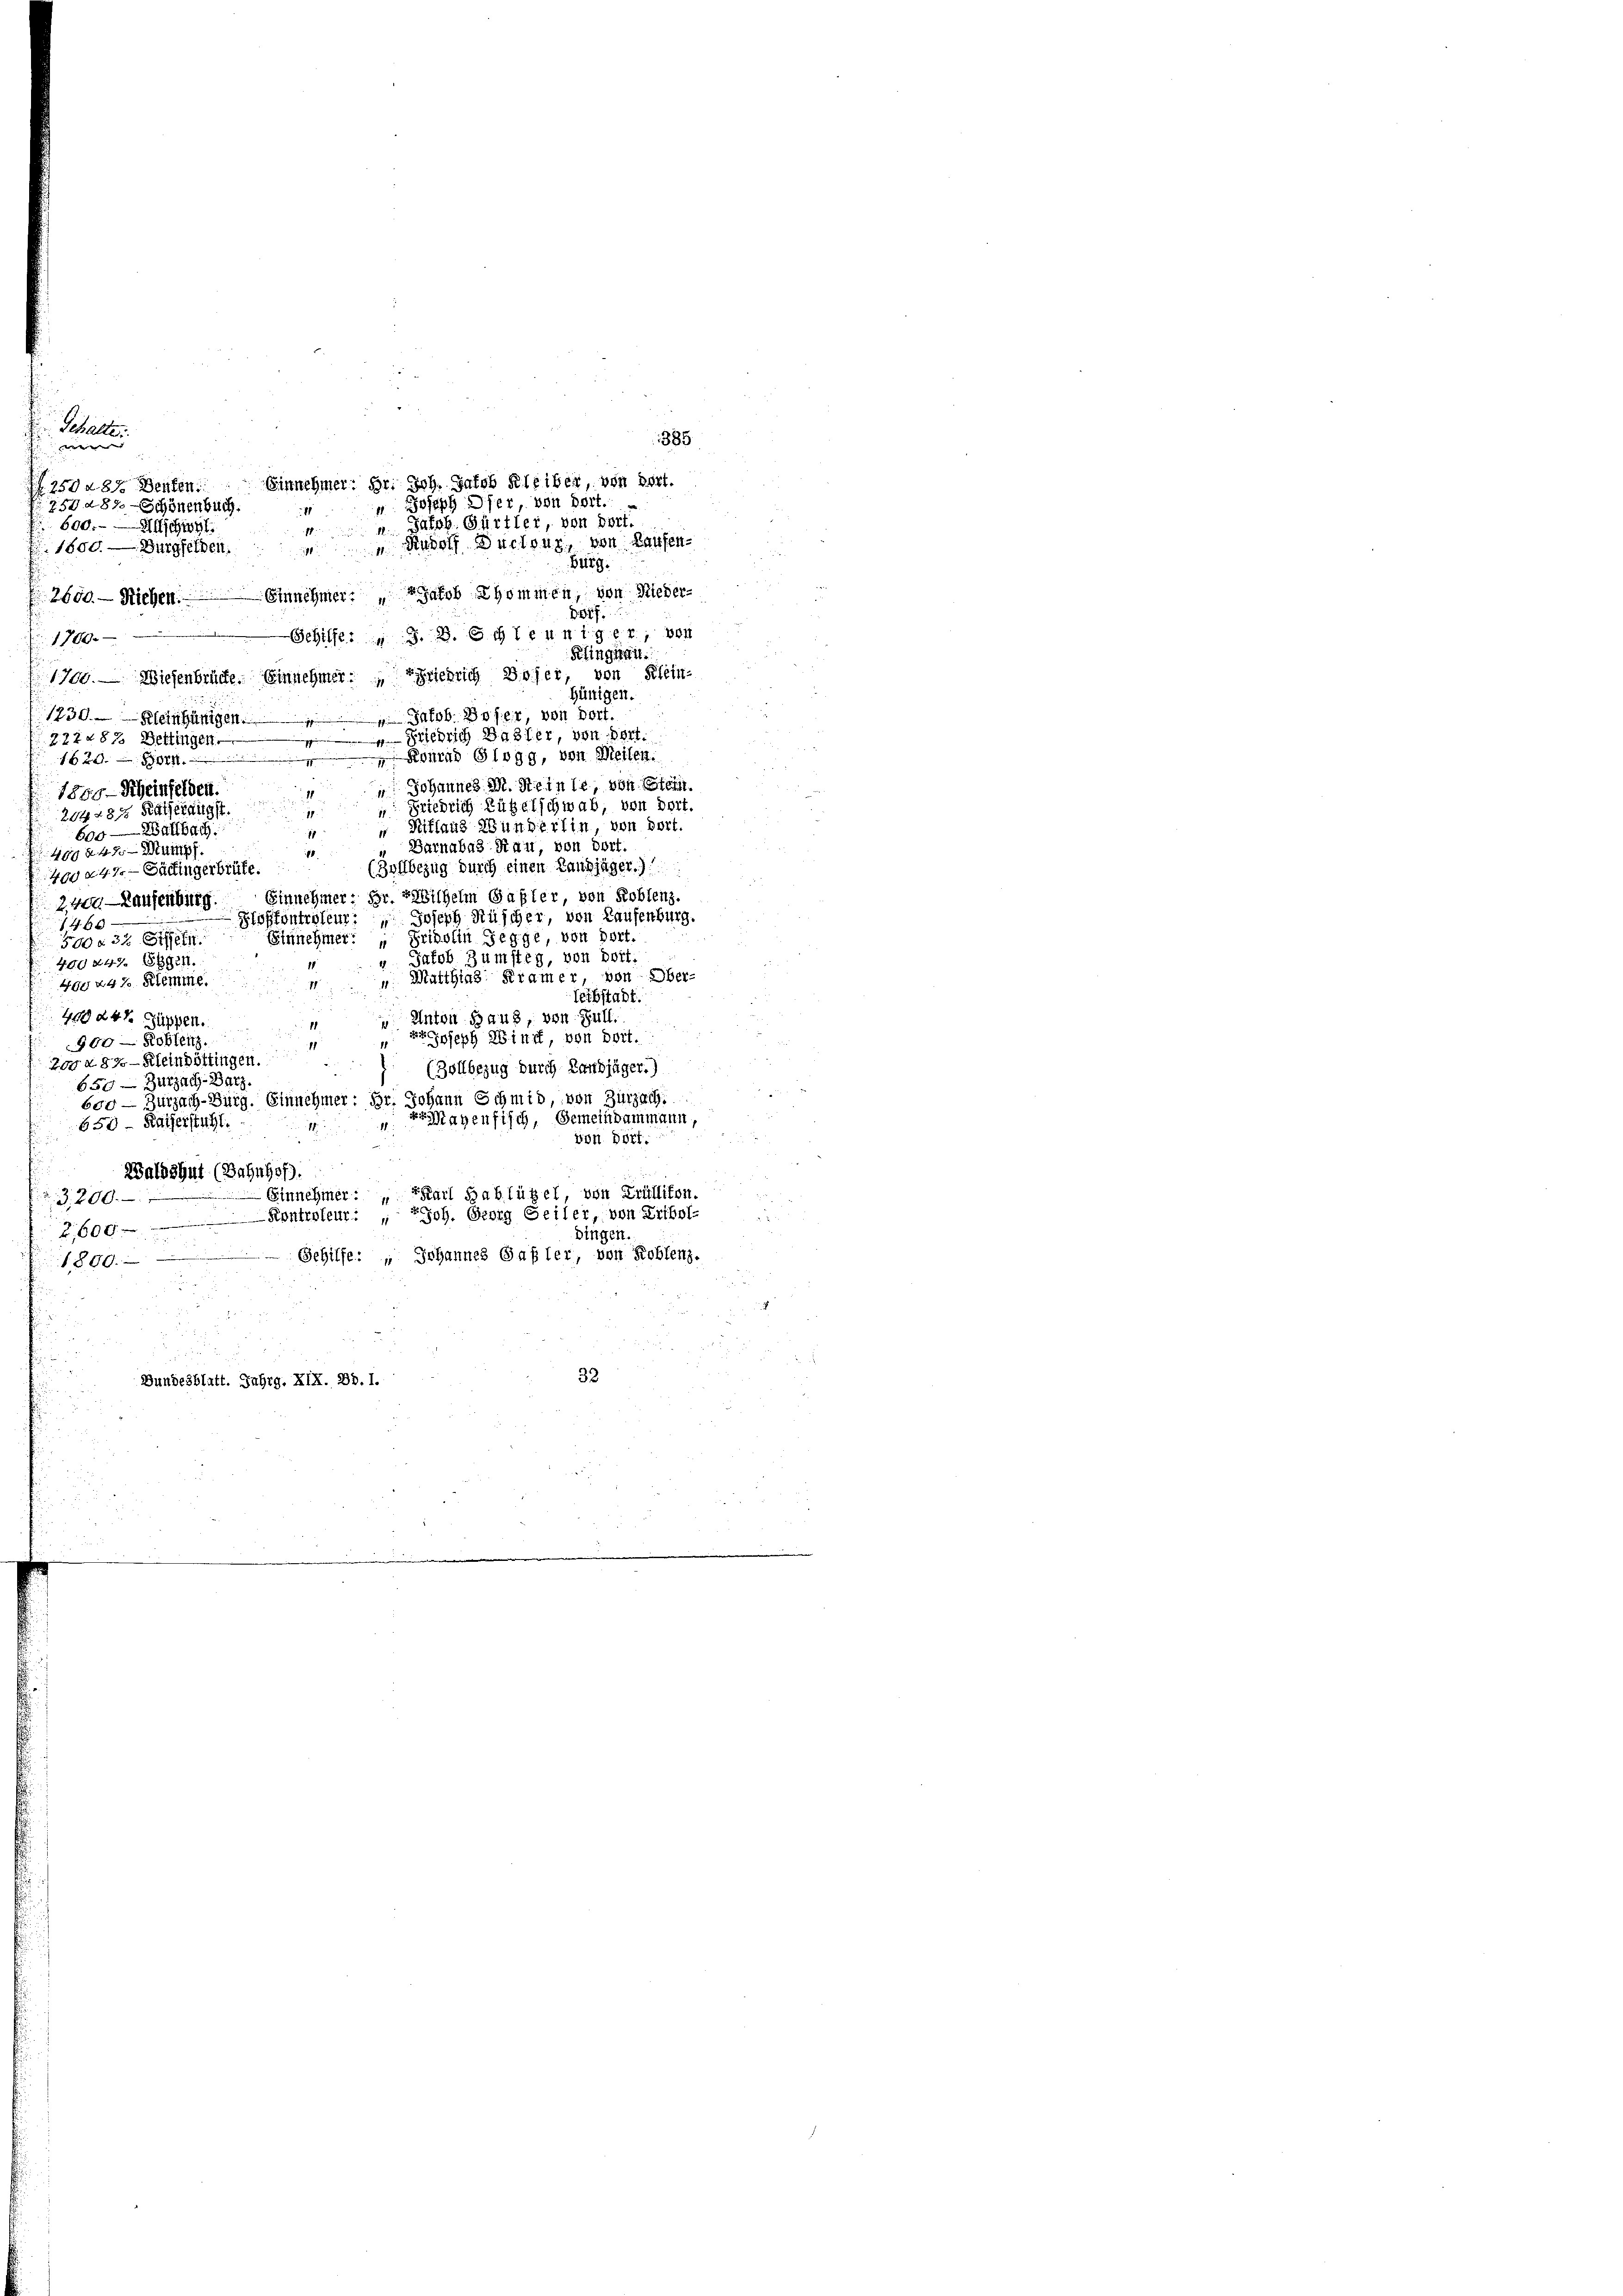
Schalte
385
e
250. d. 87. Schönenbuch.
600. - Allschwel
1800. — Burgfelden.
Big.
2600. Richen. Einnehmer Jakob Thommen, von Nieder¬
D Pf.
Gehilfe: " J. J. Schleuniger, von
1700.
Klingnau.
170. Wiesenbrüche. Einnehmer: Friedrich Boser, von Klein-
hünigen.
Jakob Sofer von dort.
1230. Kleinhänigen
igsten
 er, von Bot
227 287 Bettingen.
jura Glogg, von Meilen.
1622. 808

 Johannes M. Steinse, von Stein
1889 - Scheinfelden.
Friedrich Rügelschwab, von dort.
2041815 Kagerungs
11
11
 Nitlaus Wunderlin, von dort.
600 albach
11
Barnabas Rau, von dort.
400242 - Mumpf.
18.
(Zollbezug durch einen Lausjäger.)
400 247. — Sättingerbrüte.
Einnehmer; Hr. Wilhelm Gasler, von Roblenz.
2,400 Kaufenburg.
Ploffontroleur: Joseph Rüscher, von Laufenburg.
1460
Einnehmer: „Priolin Segge, von dort.
500 f 33
“ Jakob Zumsteg, von dort.
400 249. Eggen.
 Matthias Kramer, von Ober-
400 447. Stemme.
Leibstadt.
4024½ Puppen.
Anton Haus, von Gull.
 Joseph Winnt, von dort.
900 — Roblenz.
Zara 830 — Kleinböttingen.
 (Zollbezug durch Landjäger.)
650 — Zurzach Barz.
600 — Zurzach-Bürg. Einnehmer: Hr. Johann Schmid, von Zurzach
Magenfisch, Gemeindammann,
650 - Kaiserstuhl.
1
von Dörf.
.
Waldshut (Bahnhof.
Einnehmer : „ PKarl Hablützel, von Trüllikon.
3,200.
Kontroleur: " Joh. Georg Geiler, von Fribol-
2,600
bingen.
Gehilfe: " Johannes Gasler, von Roblenz.
1800.
32
Bundesblatt. Jahrg. XIX. Bd. 1.

2502 87. Denken. Einnehmer; Hr. Joh. Jacob Kleiber, von dort.
 Joseph Dfer, von Dort.
1
Pafsb. Gürtler, von dort.
e
“ Rudolf Duclons, von Kaufen
.